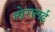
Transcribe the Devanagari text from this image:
लोरालई